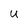
Character: U